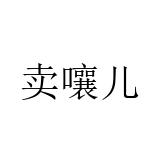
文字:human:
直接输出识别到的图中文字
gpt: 卖嚷儿